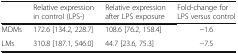
<table><thead><tr><td></td><td><b>Relative expression in control (LPS-)</b></td><td><b>Relative expression after LPS exposure</b></td><td><b>Fold-change for LPS versus control</b></td></tr></thead><tbody><tr><td>MDMs</td><td>172.6 [134.2, 228.7]</td><td>108.6 [76.2, 158.4]</td><td>−1.6</td></tr><tr><td>LMs</td><td>310.8 [187.1, 546.0]</td><td>44.7 [23.6, 75.3]</td><td>−7.5</td></tr></tbody></table>